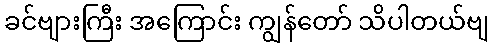
ခင်ဗျားကြီး အကြောင်း ကျွန်တော် သိပါတယ်ဗျ